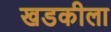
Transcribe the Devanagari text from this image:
खडकीला